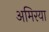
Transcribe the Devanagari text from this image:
अमिरया